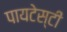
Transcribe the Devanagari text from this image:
पायटेस्टी